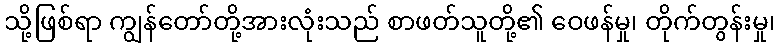
သို့ဖြစ်ရာ ကျွန်တော်တို့အားလုံးသည် စာဖတ်သူတို့၏ ဝေဖန်မှု၊ တိုက်တွန်းမှု၊